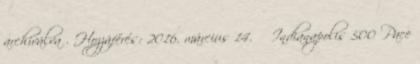
archiválva . Hozzáférés: 2016. március 14. ↑ Indianapolis 500 Pace